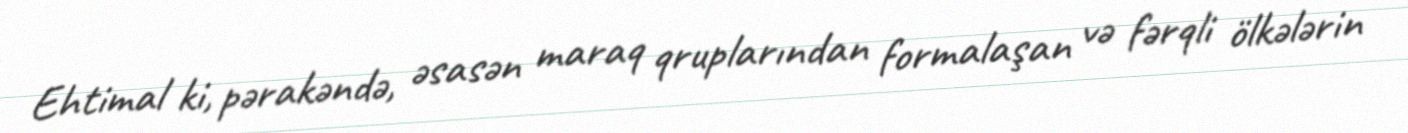
Ehtimal ki, pərakəndə, əsasən maraq qruplarından formalaşan və fərqli ölkələrin